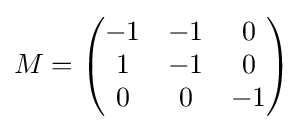
M={\begin{pmatrix}-1&-1&0\\1&-1&0\\0&0&-1\end{pmatrix}}